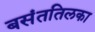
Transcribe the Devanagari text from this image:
बसंततिलका